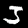
Label: 3